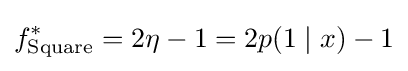
f_{\text{Square}}^{*}=2\eta -1=2p(1\mid x)-1